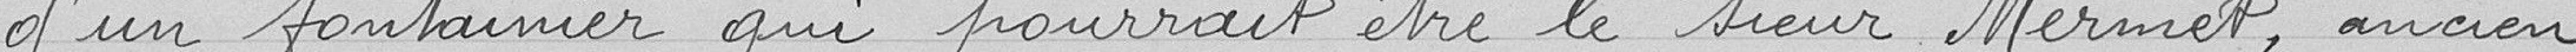
d'un fontainier qui pourrait être le sieur Mermet, ancien